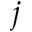
j